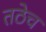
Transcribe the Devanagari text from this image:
तठेच